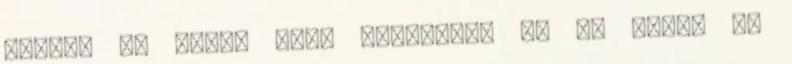
vagyok XD Eddig csak rajongtam :D De most. ez